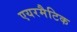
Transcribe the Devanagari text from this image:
एयरमैटिक